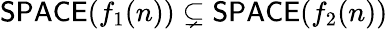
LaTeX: {\mathsf{SPACE}}(f_{1}(n))\subsetneq{\mathsf{SPACE}}(f_{2}(n))